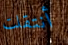
أنتقلت